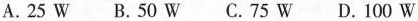
A.25W B.50W C.75W D.100W